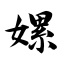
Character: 嫘